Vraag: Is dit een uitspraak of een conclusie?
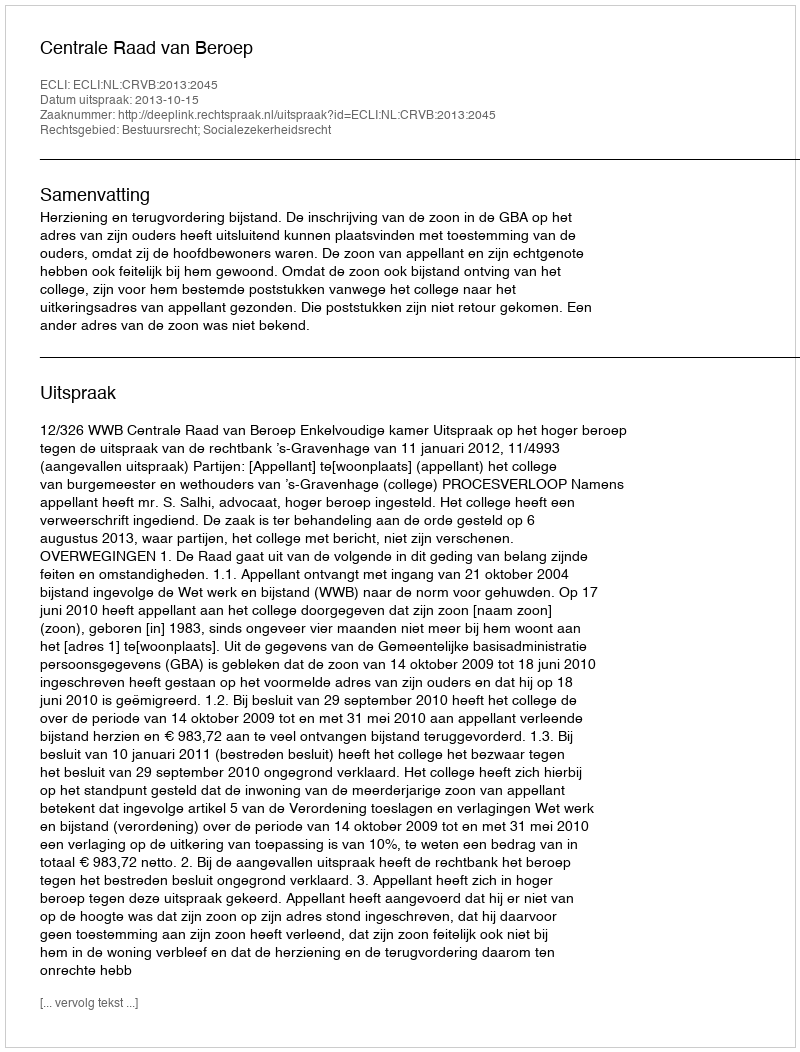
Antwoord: Uitspraak